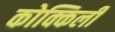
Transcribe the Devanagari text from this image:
कोक्किली